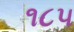
૧૮૫